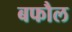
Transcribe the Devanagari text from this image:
बफौल